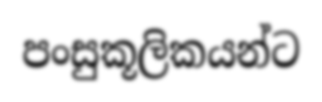
පංසුකූලිකයන්ට